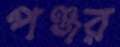
পঞ্জর